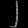
Digit: ၂